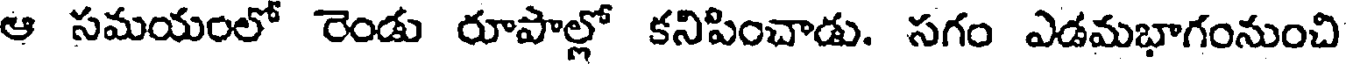
ఆ సమయంలో రెండు రూపాల్లో కనిపించాడు. సగం ఎడమభాగంనుంచి